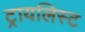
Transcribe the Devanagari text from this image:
ट्रायलिस्ट